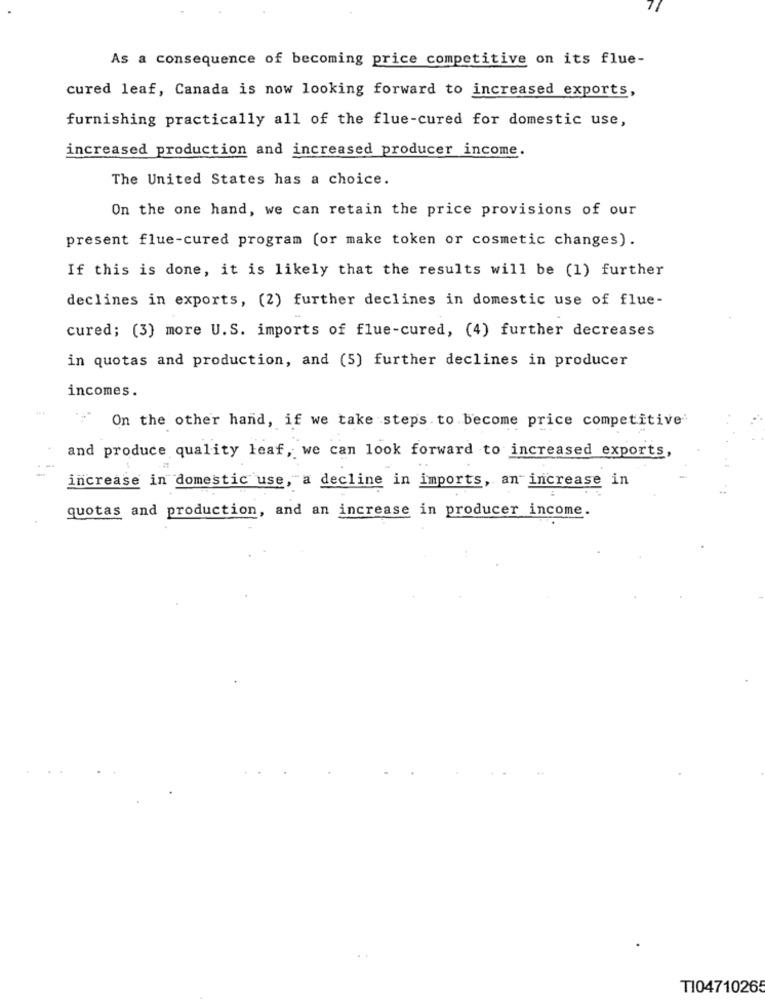
As a consequence of becoming price competitive on its flue-
cured leaf, Canada is now looking forward to increased exports,
furnishing practically all of the flue-cured for domestic use,
increased production and increased producer income.
The United States has a choice.
On the one hand, we can retain the price provisions of our
present flue-cured program (or make token or cosmetic changes) .
If this is done, it is likely that the results will be (1) further
declines in exports, (2) further declines in domestic use of flue-
cured; (3) more U.S. imports of flue-cured, (4) further decreases
in quotas and production, and (5) further declines in producer
incomes.
On the other hand, if we take steps to become price competitive'
and produce quality leaf, we can look forward to increased exports,
increase in domestic use, a decline in imports, an increase in
quotas and production, and an increase in producer income.
T104710265